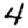
Digit: 4